Source: Handwritten
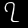
Digit: ၇ (7)